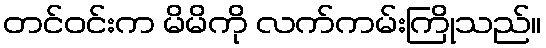
တင်ဝင်းက မိမိကို လက်ကမ်းကြိုသည်။